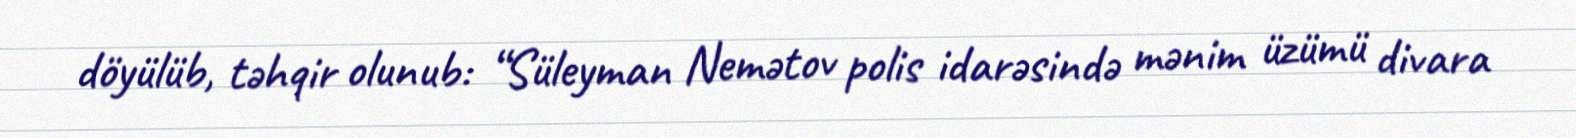
döyülüb, təhqir olunub: “Süleyman Nemətov polis idarəsində mənim üzümü divara